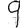
Digit: 9